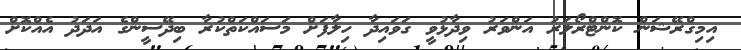
އިމިގްރޭޝަން ކޮންޓްރޯލަރު އަންވަރު ވިދާޅުވީ ގަވައިދާ ހިލާފަށް މަސައްކަތްކުރާ ބިދޭސީންގެ އަދަދު އެއްކޮށް